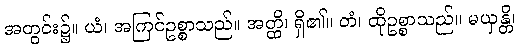
အတွင်း၌။ ယံ၊ အကြင်ဥစ္စာသည်။ အတ္ထိ၊ ရှိ၏။ တံ၊ ထိုဥစ္စာသည်။ မယှန္တိ၊